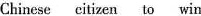
Chinese citizen to win